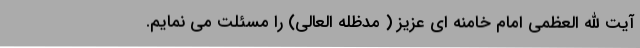
آیت الله العظمی امام خامنه ای عزیز ( مدظله العالی) را مسئلت می نمایم.